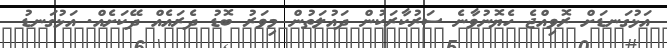
އަޅުގަނޑަށް ރޮވިއްޖެ ހެޔޮނުވާނެ ސަރުކާރަކުން ދައުލަތުން މިވަރު ބޮޑު ދެރައެއް ދޭކަށެއް. އަޅުގަނޑު